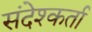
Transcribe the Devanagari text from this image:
संदेश्कर्ता